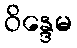
ဝိန္ဒေမ